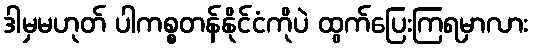
ဒါမှမဟုတ် ပါကစ္စတန်နိုင်ငံကိုပဲ ထွက်ပြေးကြရမှာလား